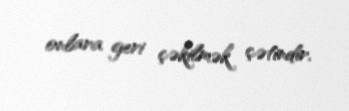
onlara geri çəkilmək çətindir.